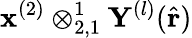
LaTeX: \mathbf{x}^{(2)}\otimes_{2,1}^{1}\mathbf{Y}^{(l)}(\hat{\mathbf{r}})